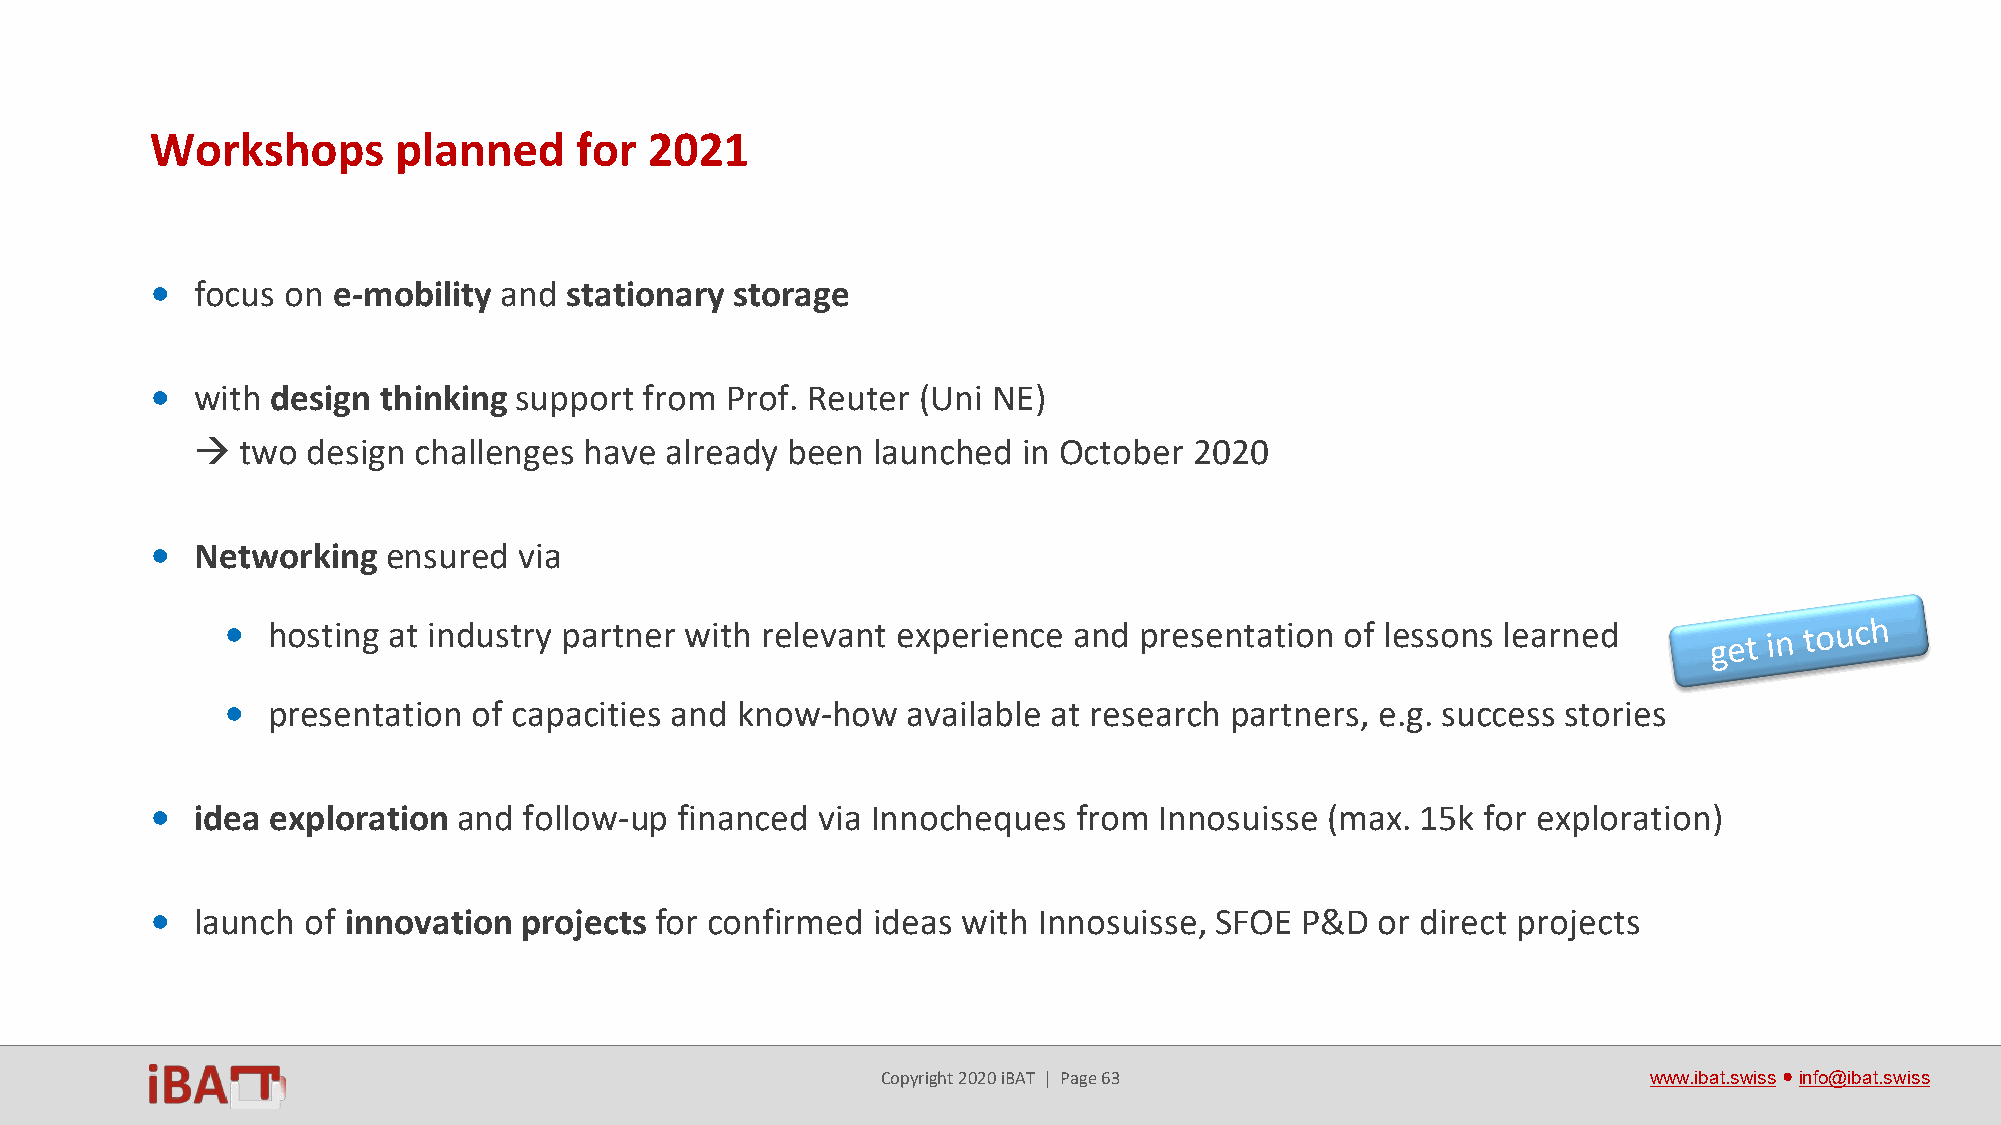
Workshops       planned     for  2021
 •  focus on e-mobility and stationary  storage
 •  with design thinking support  from Prof. Reuter (Uni NE)
   two design challenges  have already been  launched  in October 2020
 •  Networking   ensured via
 •  hosting at industry partner with relevant experience and presentation  of lessons learned
 •  presentation of capacities and know-how   available at research partners, e.g. success stories
 •  idea exploration and  follow-up financed via Innocheques  from  Innosuisse (max. 15k for exploration)
 •  launch of innovation projects for confirmed  ideas with Innosuisse, SFOE P&D  or direct projects
 Copyright 2020 iBAT | Page 63                      www.ibat.swiss●info@ibat.swiss